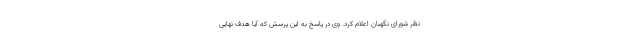
نظر شورای نگهبان اعلام کرد. وی در پاسخ به این پرسش که آیا هدف نهایی